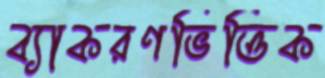
ব্যাকরণভিত্তিক